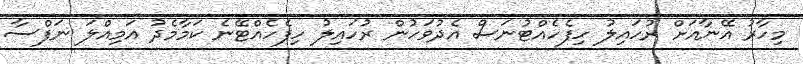
މިހާރު އޭނާއަށް ރުހައިލު ހިފެހެއްޓުނަސް އެދުވަހުން ރުހައިލު ހިފެހެއްޓޭނެ ކަމާމެދު އަމިއްލަ ނަފްސާ